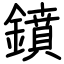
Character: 鐼